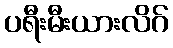
ပရီးမီးယားလိဂ်